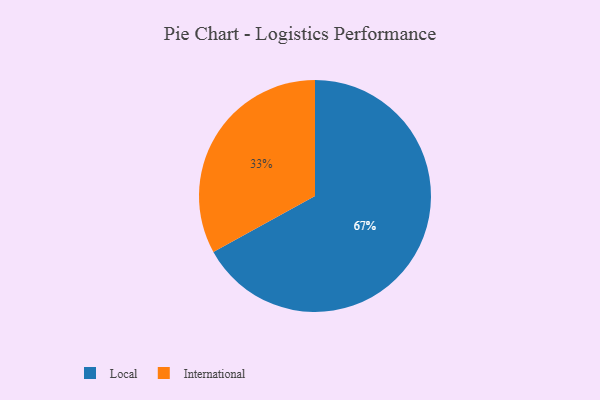
{"axis": {"x": "Category", "y": "Percentage"}, "legend": ["International", "Local"], "data": [{"x": "Local", "y": 67, "type": "Local"}, {"x": "International", "y": 33, "type": "International"}]}